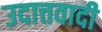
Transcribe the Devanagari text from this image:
उदात्तवादी